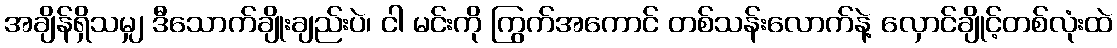
အချိန်ရှိသမျှ ဒီသောက်ချိုးချည်းပဲ၊ ငါ မင်းကို ကြွက်အကောင် တစ်သန်းလောက်နဲ့ လှောင်ချိုင့်တစ်လုံးထဲ